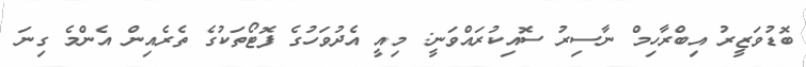
ބޮޑުވަޒީރު އިބްރާހިމް ނާސިރު ސޮއިކުރައްވަނީ: މިއީ އެދުވަހުގެ ފޮޓޯތަކުގެ ތެރެއިން އެންމެ ގިނަ